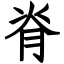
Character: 脊